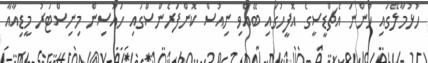
ހުޅުމާލޭގައި ހުންނަ އެޗްޑީސީގެ އޮފީހުގައި ބޭއްވި ނިއުސް ކޮންފަރެންސްގައި ހައުސިން މިނިސްޓަރު މީޑިއާއާ